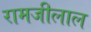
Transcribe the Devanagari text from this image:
रामजीलाल